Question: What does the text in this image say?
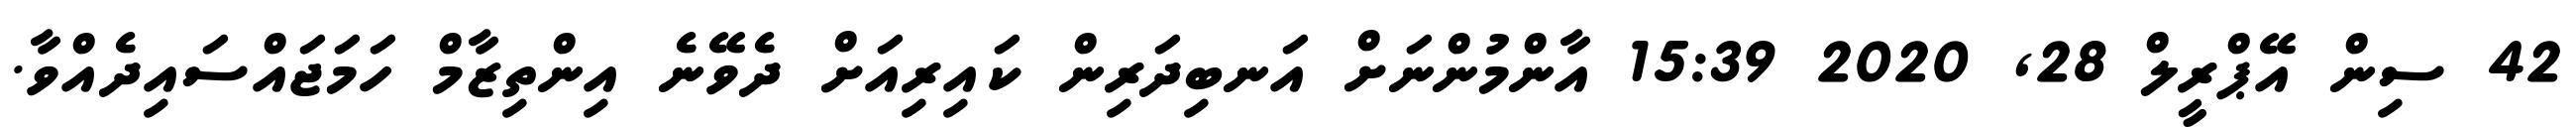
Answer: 42 ސިން އޭޕްރީލް 28, 2020 15:39 އާންމުންނަށް އަނބިދަރިން ކައިރިއަށް ދެވޭނެ އިންތިޒާމް ހަމަޖައްސައިދެއްވާ.